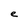
Character: e